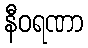
နီဝရဏာ